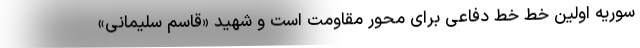
سوریه اولین خط خط دفاعی برای محور مقاومت است و شهید «قاسم سلیمانی»